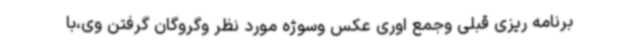
برنامه ریزی قبلی وجمع اوری عکس وسوژه مورد نظر وگروگان گرفتن وی،با